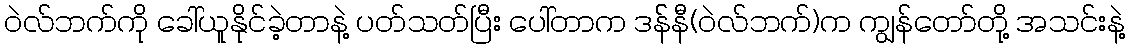
ဝဲလ်ဘက်ကို ခေါ်ယူနိုင်ခဲ့တာနဲ့ ပတ်သတ်ပြီး ပေါ်တာက ဒန််နီ(ဝဲလ်ဘက်)က ကျွန်တော်တို့ အသင်းနဲ့